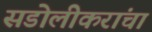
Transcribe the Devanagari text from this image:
सडोलीकरांचा